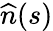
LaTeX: \widehat{n}(s)